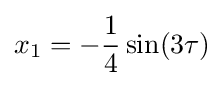
x_{1}=-{\frac {1}{4}}\sin(3\tau )